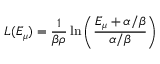
L ( E _ { \mu } ) = \frac { 1 } { \beta \rho } \ln \left( \frac { E _ { \mu } + \alpha / \beta } { \alpha / \beta } \right)